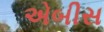
એબીસ